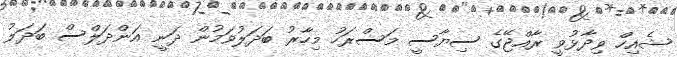
ޝެއިހް ވިދާޅުވީ ރާއްޖޭގެ ސިޔާސީ މަސްރަހު މިހާރު ބަދަލުވަމުން ދަނީ އަންދަލްސް ބަދަލު